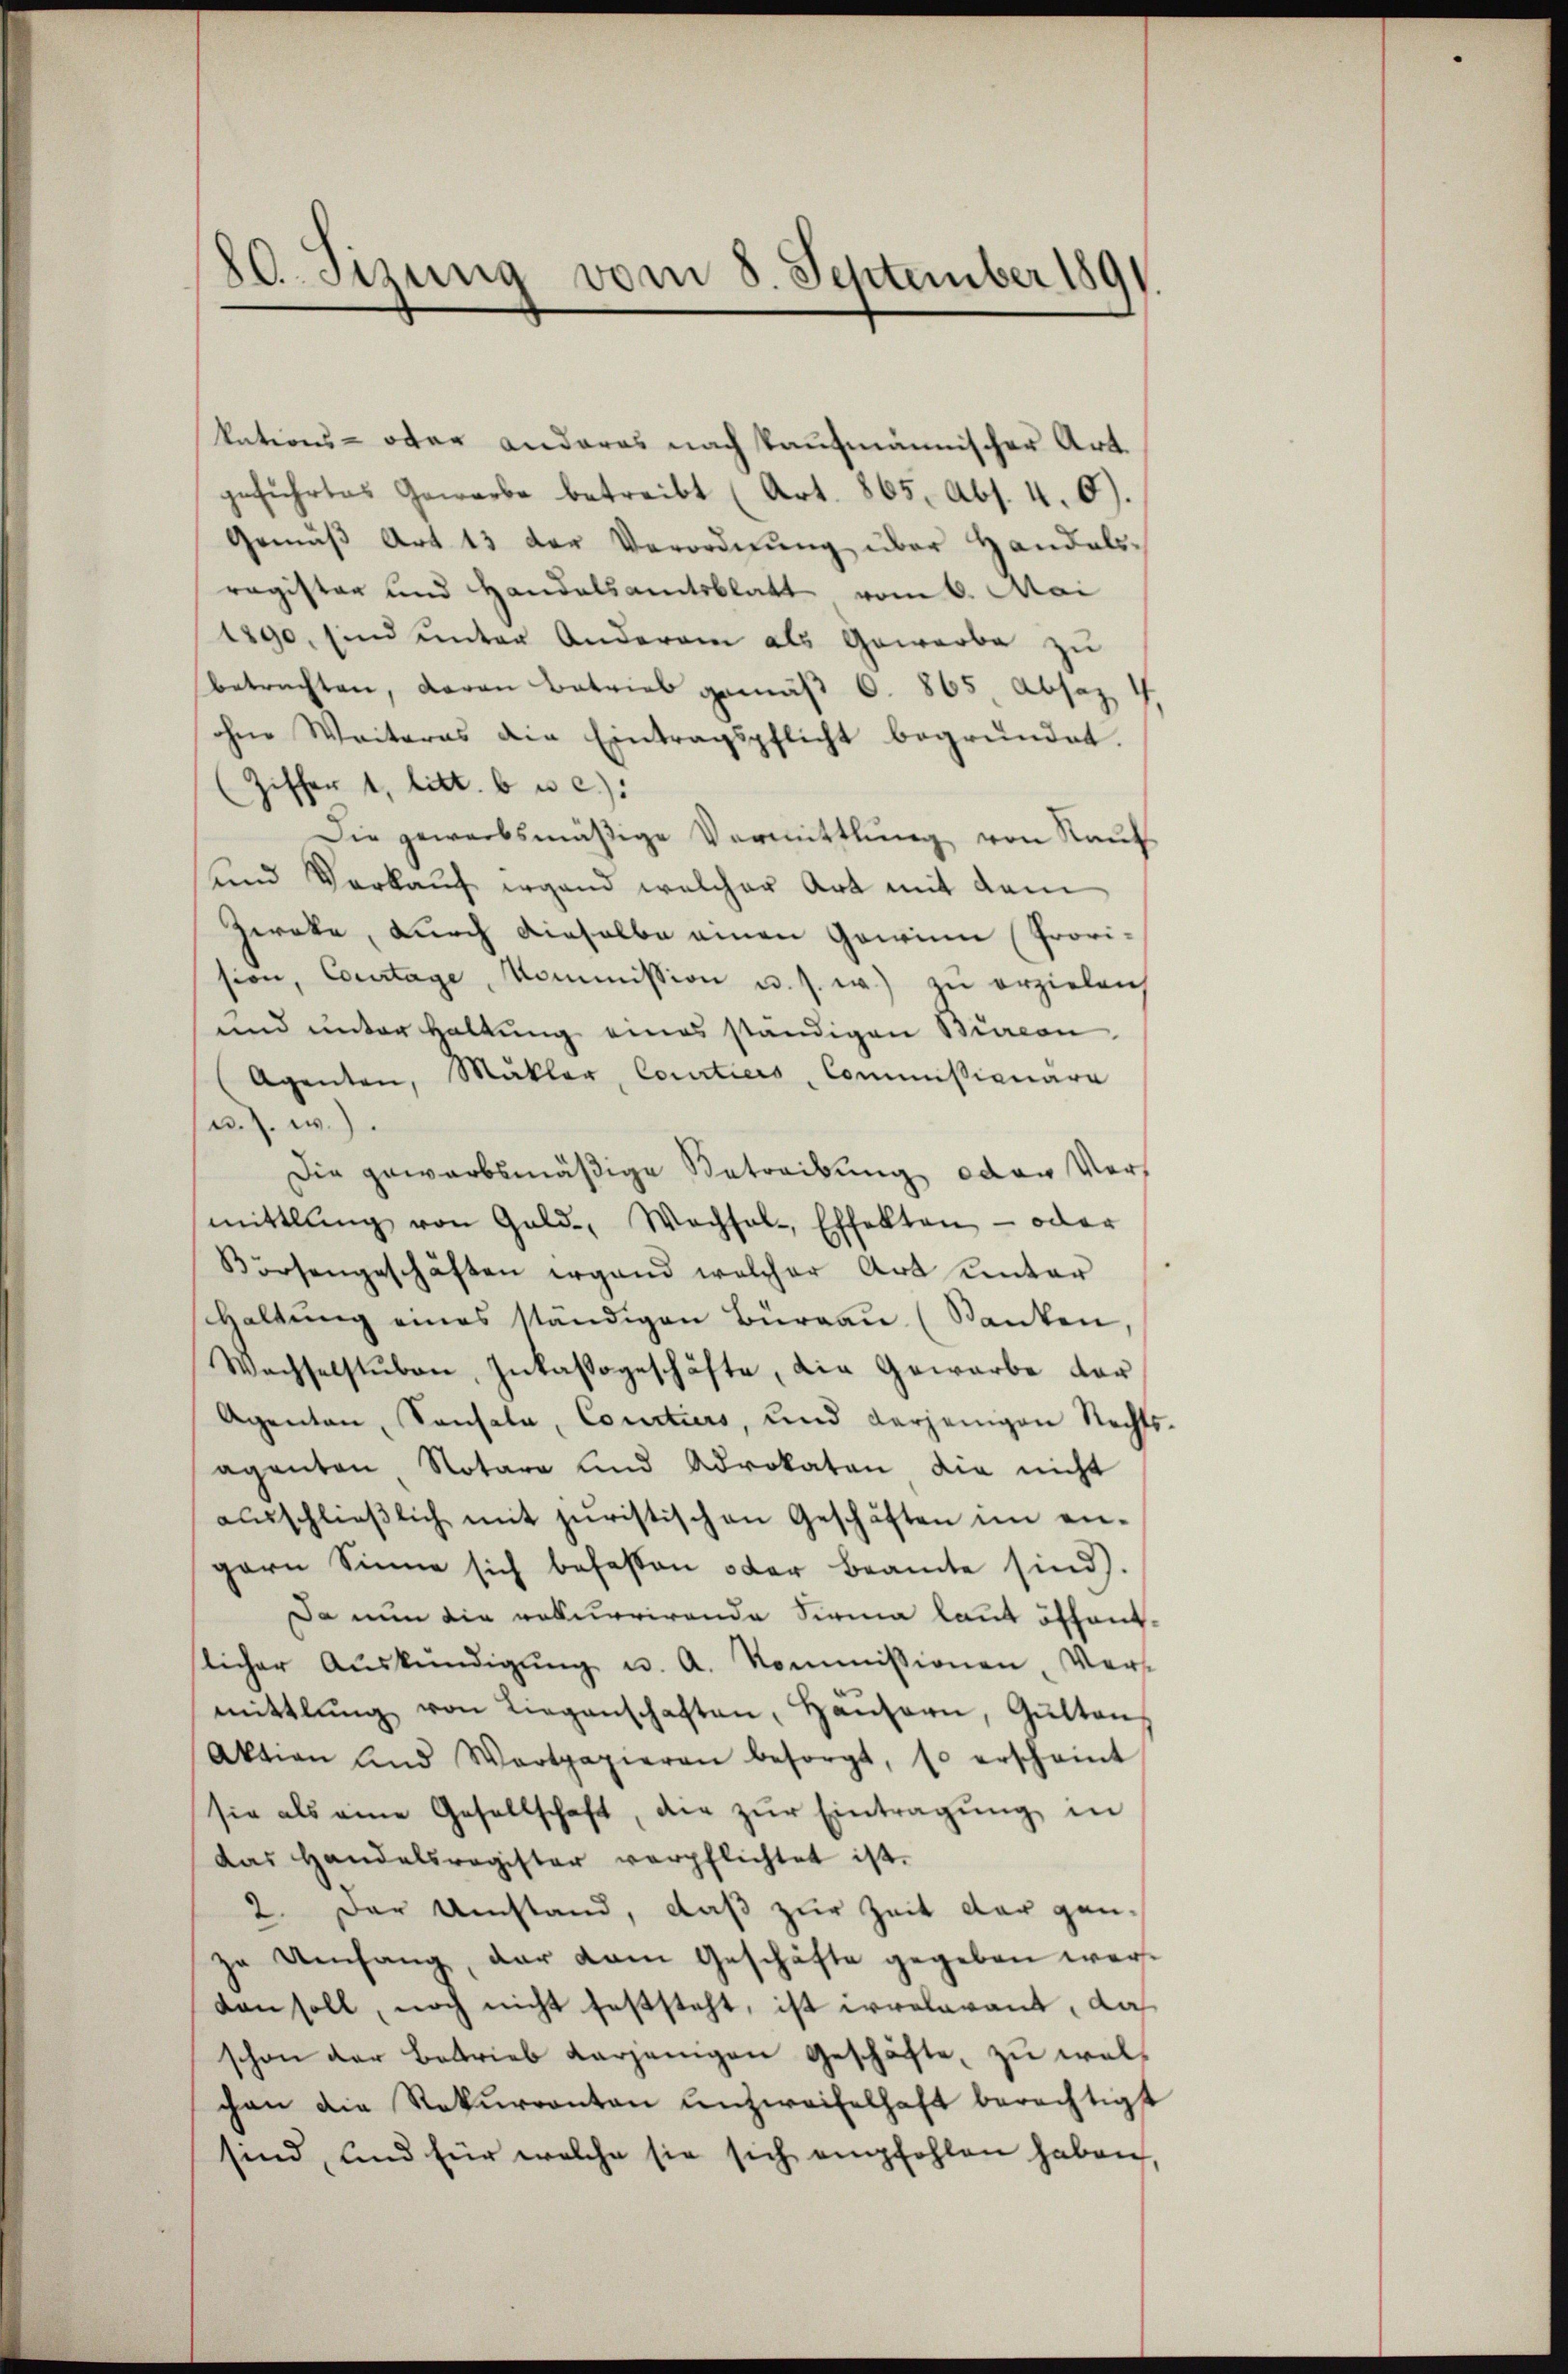
80. Sitzung vom 8. September 1891

1890, sind unter Anderem als Gewerbe zu
betrachten, daran Betrieb gemäß 6. 865, Absaz
ohne Weiteres die Eintragspflicht begründet.
Ziffer 1, litt. b u. c).
Die gewerbsmäßige Vermittlung von Raŭf
und Verkauf irgend welcher Art mit dem
Zweke, durch dieselbe einen Gewinn (Provi-
sion, Courtage, Kommission u. s. w.) zu erzielen,
und unter Haltung eines ständigen Bircon
Agenten, Mäkler, Courtiers, Commissionara
u. s. w.)
Die gewarbsmäßige Betreibung oder Vors
mittlung von Gold-, Wachsal-, Effekten - oder
Börsengeschäften ergand welcher Art unter
Haltung eines ständigen Büreau (Santen,
Wachselstŭben, Inkassageschäfte, die Gewarbe dar¬
Agenten, Konsala, Courtiers, und derjenigen Rechts
aganton Notara und Advokaten die nicht
ausschließlich mit juristischen Geschäften im engern Sinne sich befassen oder Beamte sind.
Da nun die rekurrirende Sirna laut öffentlicher Aŭskündigŭng u. A. Kommissionen, Ver-
mittlung von Liegenschaften, Hansern, Gŭlten
Aktion und Wertpapieren besorgt, so erscheint
sie als eine Gesellschaft, der zŭr Eintragung in
das Handelsregister verpflichtet ist.
2. Der Umstand, daß zur Zeit der gan-
zu Umfang, der vom Geschäfte gegeben werdan soll, noch nicht feststeht, ist irrelarant, das
schon der Betrieb derjenigen Geschäfte, zŭ wel-
chan die Rekurranten unzweifelhaft berechtigt
sind, und für welche sie sich empfohlen haben,

kations- oder anderes nach kaufmännischer Art.
geführtes Gewerbe betreibt (Art. 865, Abs. 4. 6)
Gemäβ Art. 13 der Verordnŭng über Handels-
ragister und Handelsamtsblatt vom 6. Mai